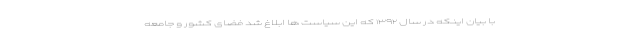
با بیان اینکه در سال ۱۳۹۲ که این سیاست ها ابلاغ شد فضای کشور و جامعه